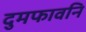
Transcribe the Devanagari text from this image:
दुमफावनि